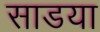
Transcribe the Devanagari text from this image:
साडया